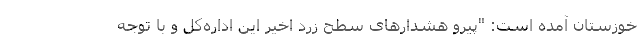
خوزستان آمده است: "پیرو هشدارهای سطح زرد اخیر این اداره‌کل و با توجه